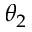
\theta _ { 2 }